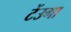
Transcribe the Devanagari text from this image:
टेंउगा